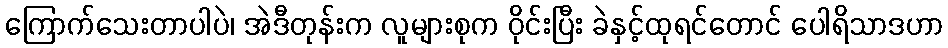
ကြောက်သေးတာပါပဲ၊ အဲဒီတုန်းက လူများစုက ဝိုင်းပြီး ခဲနှင့်ထုရင်တောင် ပေါရိသာဒဟာ